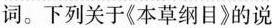
词。下列关于《本草纲目》的说